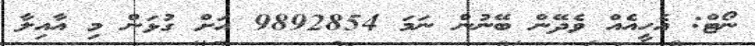
ނޯޓް: އެހީއެއް ވެދޭން ބޭނުން ނަމަ 9892854 އަށް ގުޅަން މި އާއިލާ